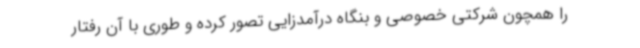
را همچون شرکتی خصوصی و بنگاه درآمدزایی تصور کرده‌ و طوری با آن رفتار